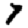
Digit: 7